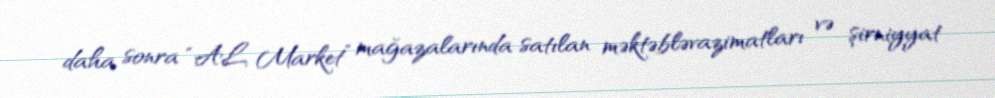
daha sonra “AL Market” mağazalarında satılan məktəbləvazimatları və şirniyyat